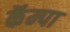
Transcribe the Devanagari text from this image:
कॅम्पा